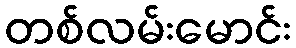
တစ်လမ်းမောင်း